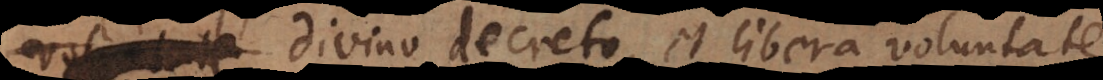
divino decreto, et libera voluntate